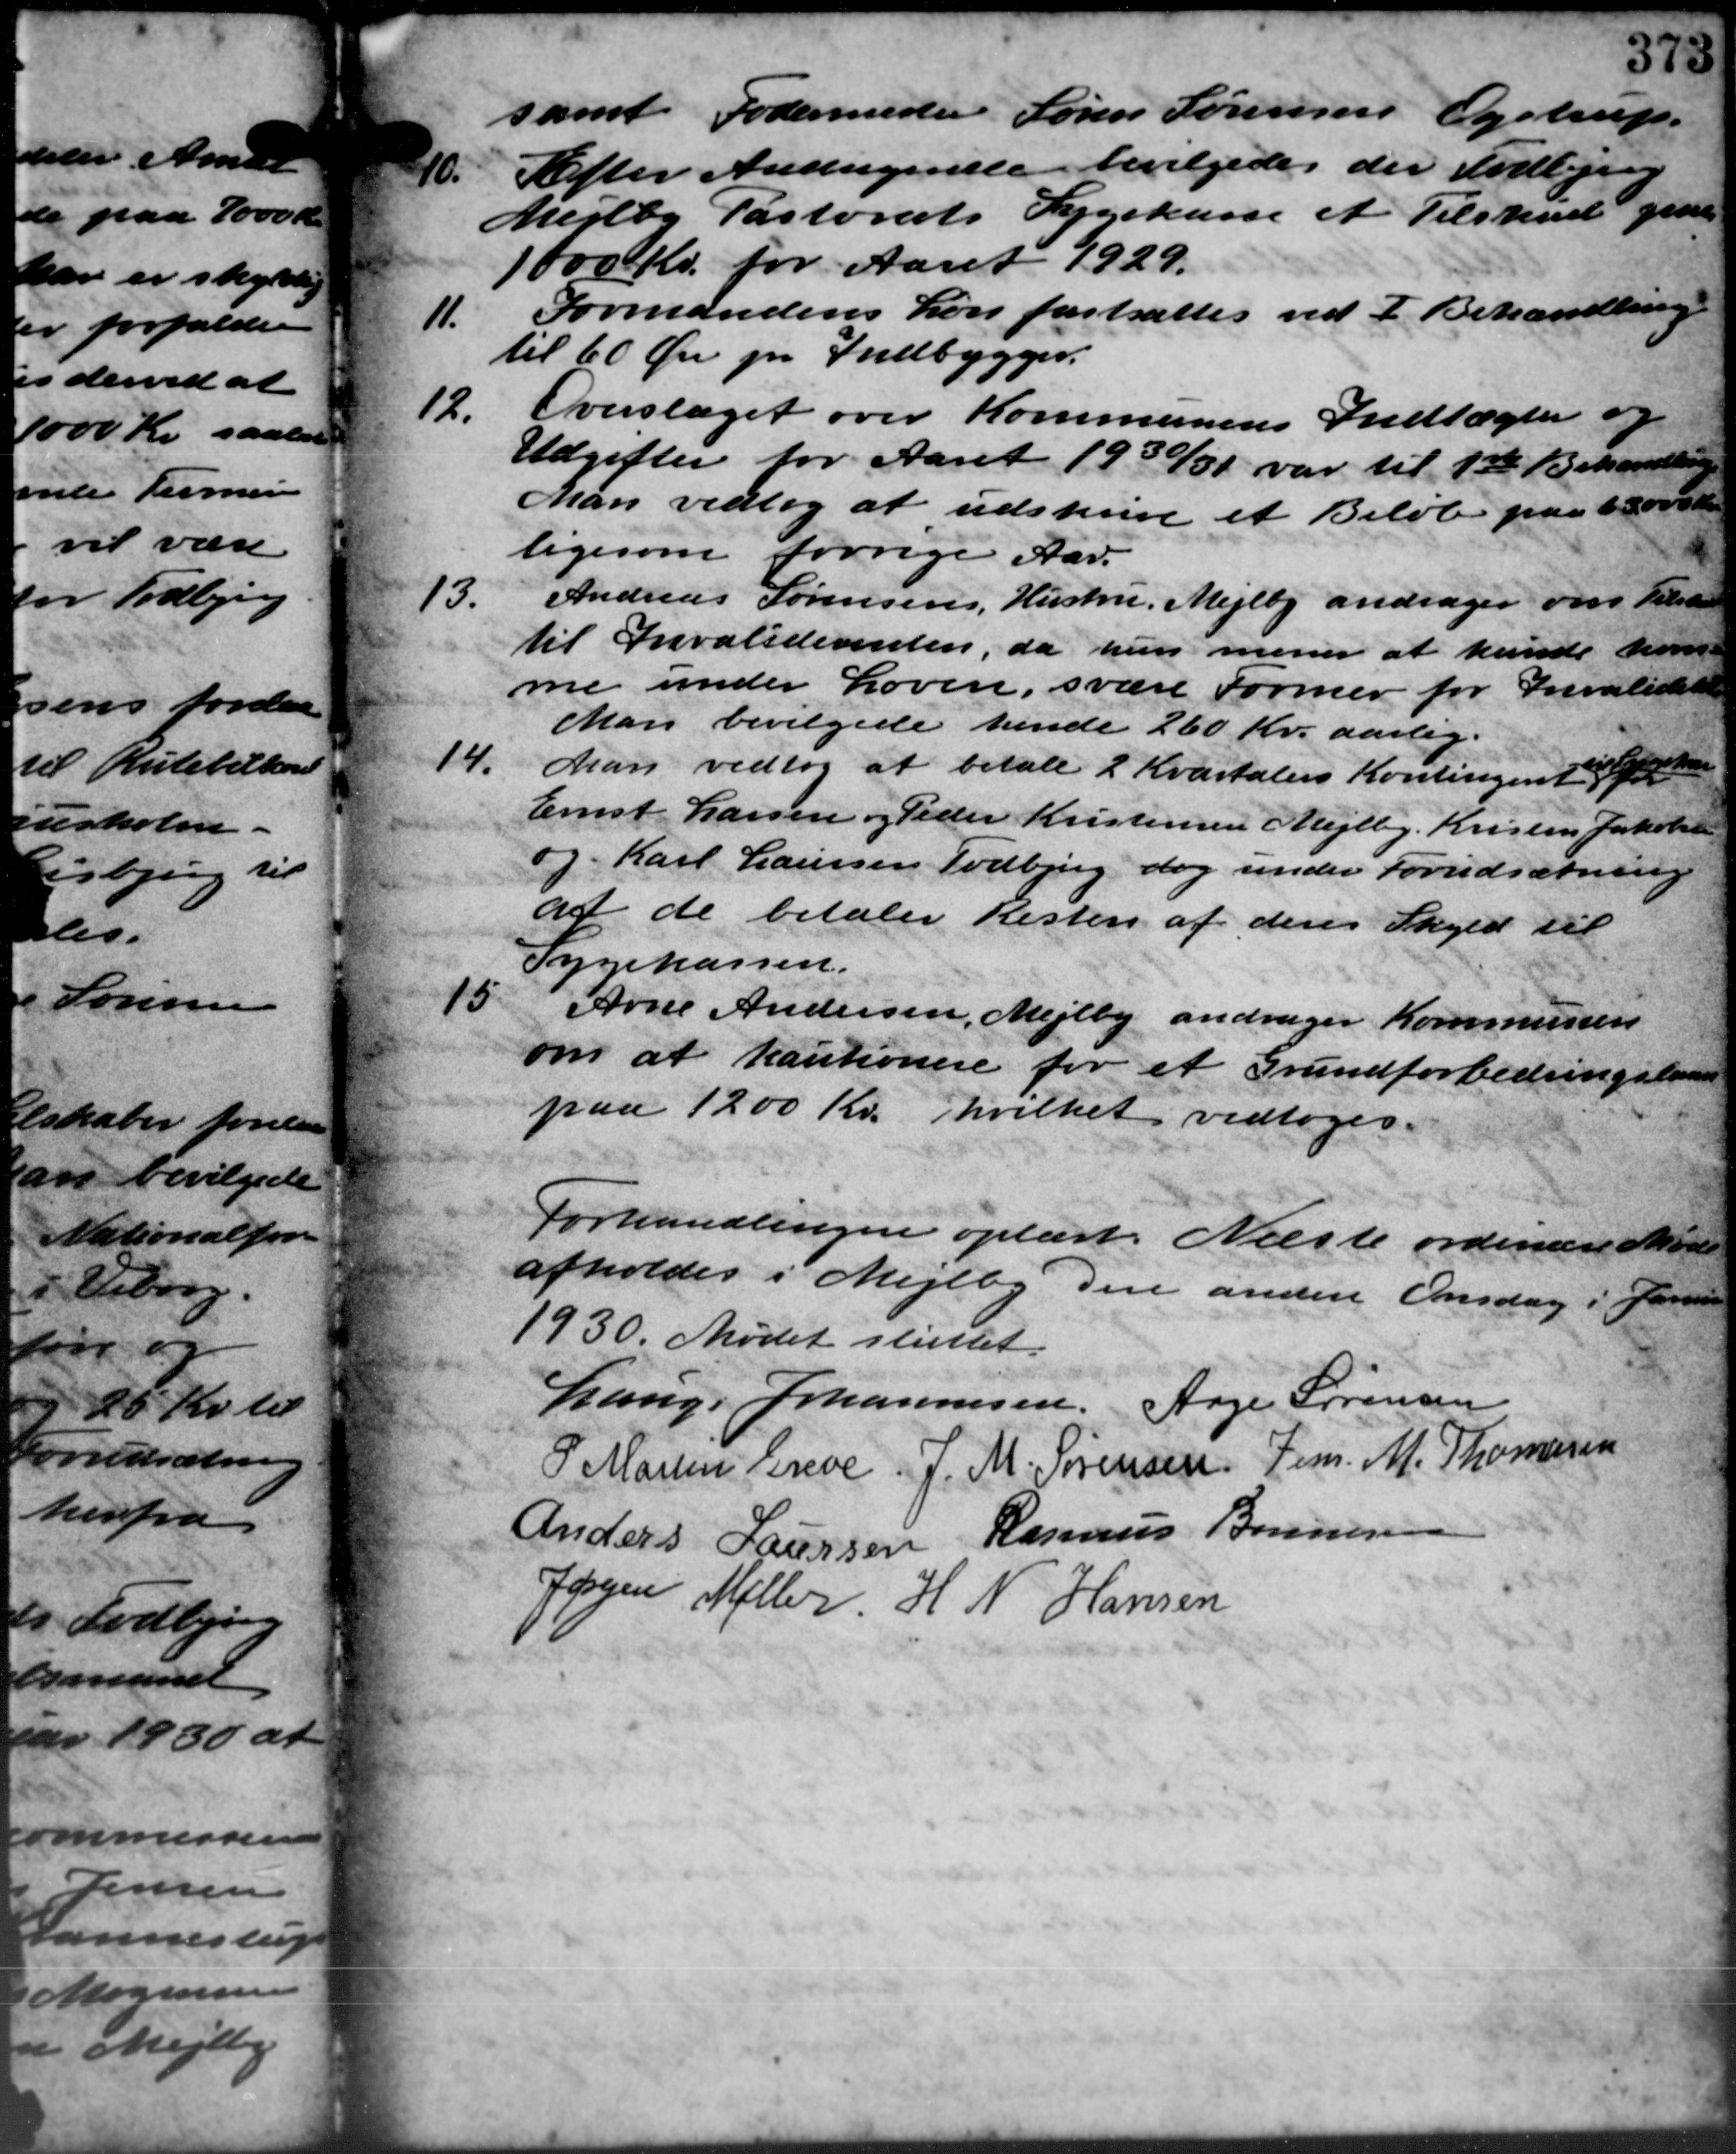
Transskription:
samt Fodermester Søren Sørensen Lystrup.
11
Efter Andragende bevilgedes der Todbjerg
Mejlby Pastorats Sygekasse et Tilskud give
1000 Kr. for Aaret 1929.
11.
Formandens Løn fastsattes ved I Behandling
til 60 Øre pr Indbygger.
12.
Overslaget over Kommunens Indtægter og
Udgifter for Aaret 1930/31 var til 1ste Behandling
Man vedtog at udskrive et Beløb paa 65000 Kr.
ligesom forrige Aar.
13.
Andreas Sørensens, Hustru, Mejlby andrager om Tilskud
til Invaliderenten, da hun mener at kunde kom-
me under Loven, svare former for Invalidere
Man bevilgede hende 260 Kr. aarlig.
14.
Man vedtog at betale 2 Kvartalers Kontingen t
Ernst Larsen og Peder Kristensen Mejlby Kristen Jakobsen
og Karl Laursen Todbjerg dog under Forudsætning
af de betaler Resten af deres Skyld til
Sygekassen.
15.
Arne Andersen, Mejlby andrager Kommunen
om at kautionere for et Grundforbedringsland
paa 1200 Kr. hvilket vedtoges.
Forhandlingen oplæst. Næste ordinære Møde
afholdes i Mejlby den anden Onsdag i Januar
1930. Mødet sluttet.
Lauge Johannesen, Aage Sørensen
P. Martin Greve. J. M. Sørensen Jens. M. Thomasen
Anders Laursen Rasmus Bonnen
Jørgen Møller H. N. Hansen